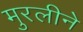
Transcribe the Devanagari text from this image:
मुरलीने